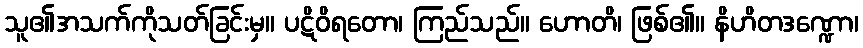
သူ၏အသက်ကိုသတ်ခြင်းမှ။ ပဋိဝိရတော၊ ကြည်သည်။ ဟောတိ၊ ဖြစ်၏။ နိဟိတဒဏ္ဍော၊